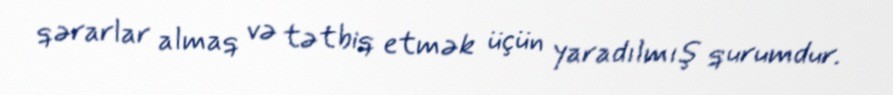
qərarlar almaq və tətbiq etmək üçün yaradılmış qurumdur.